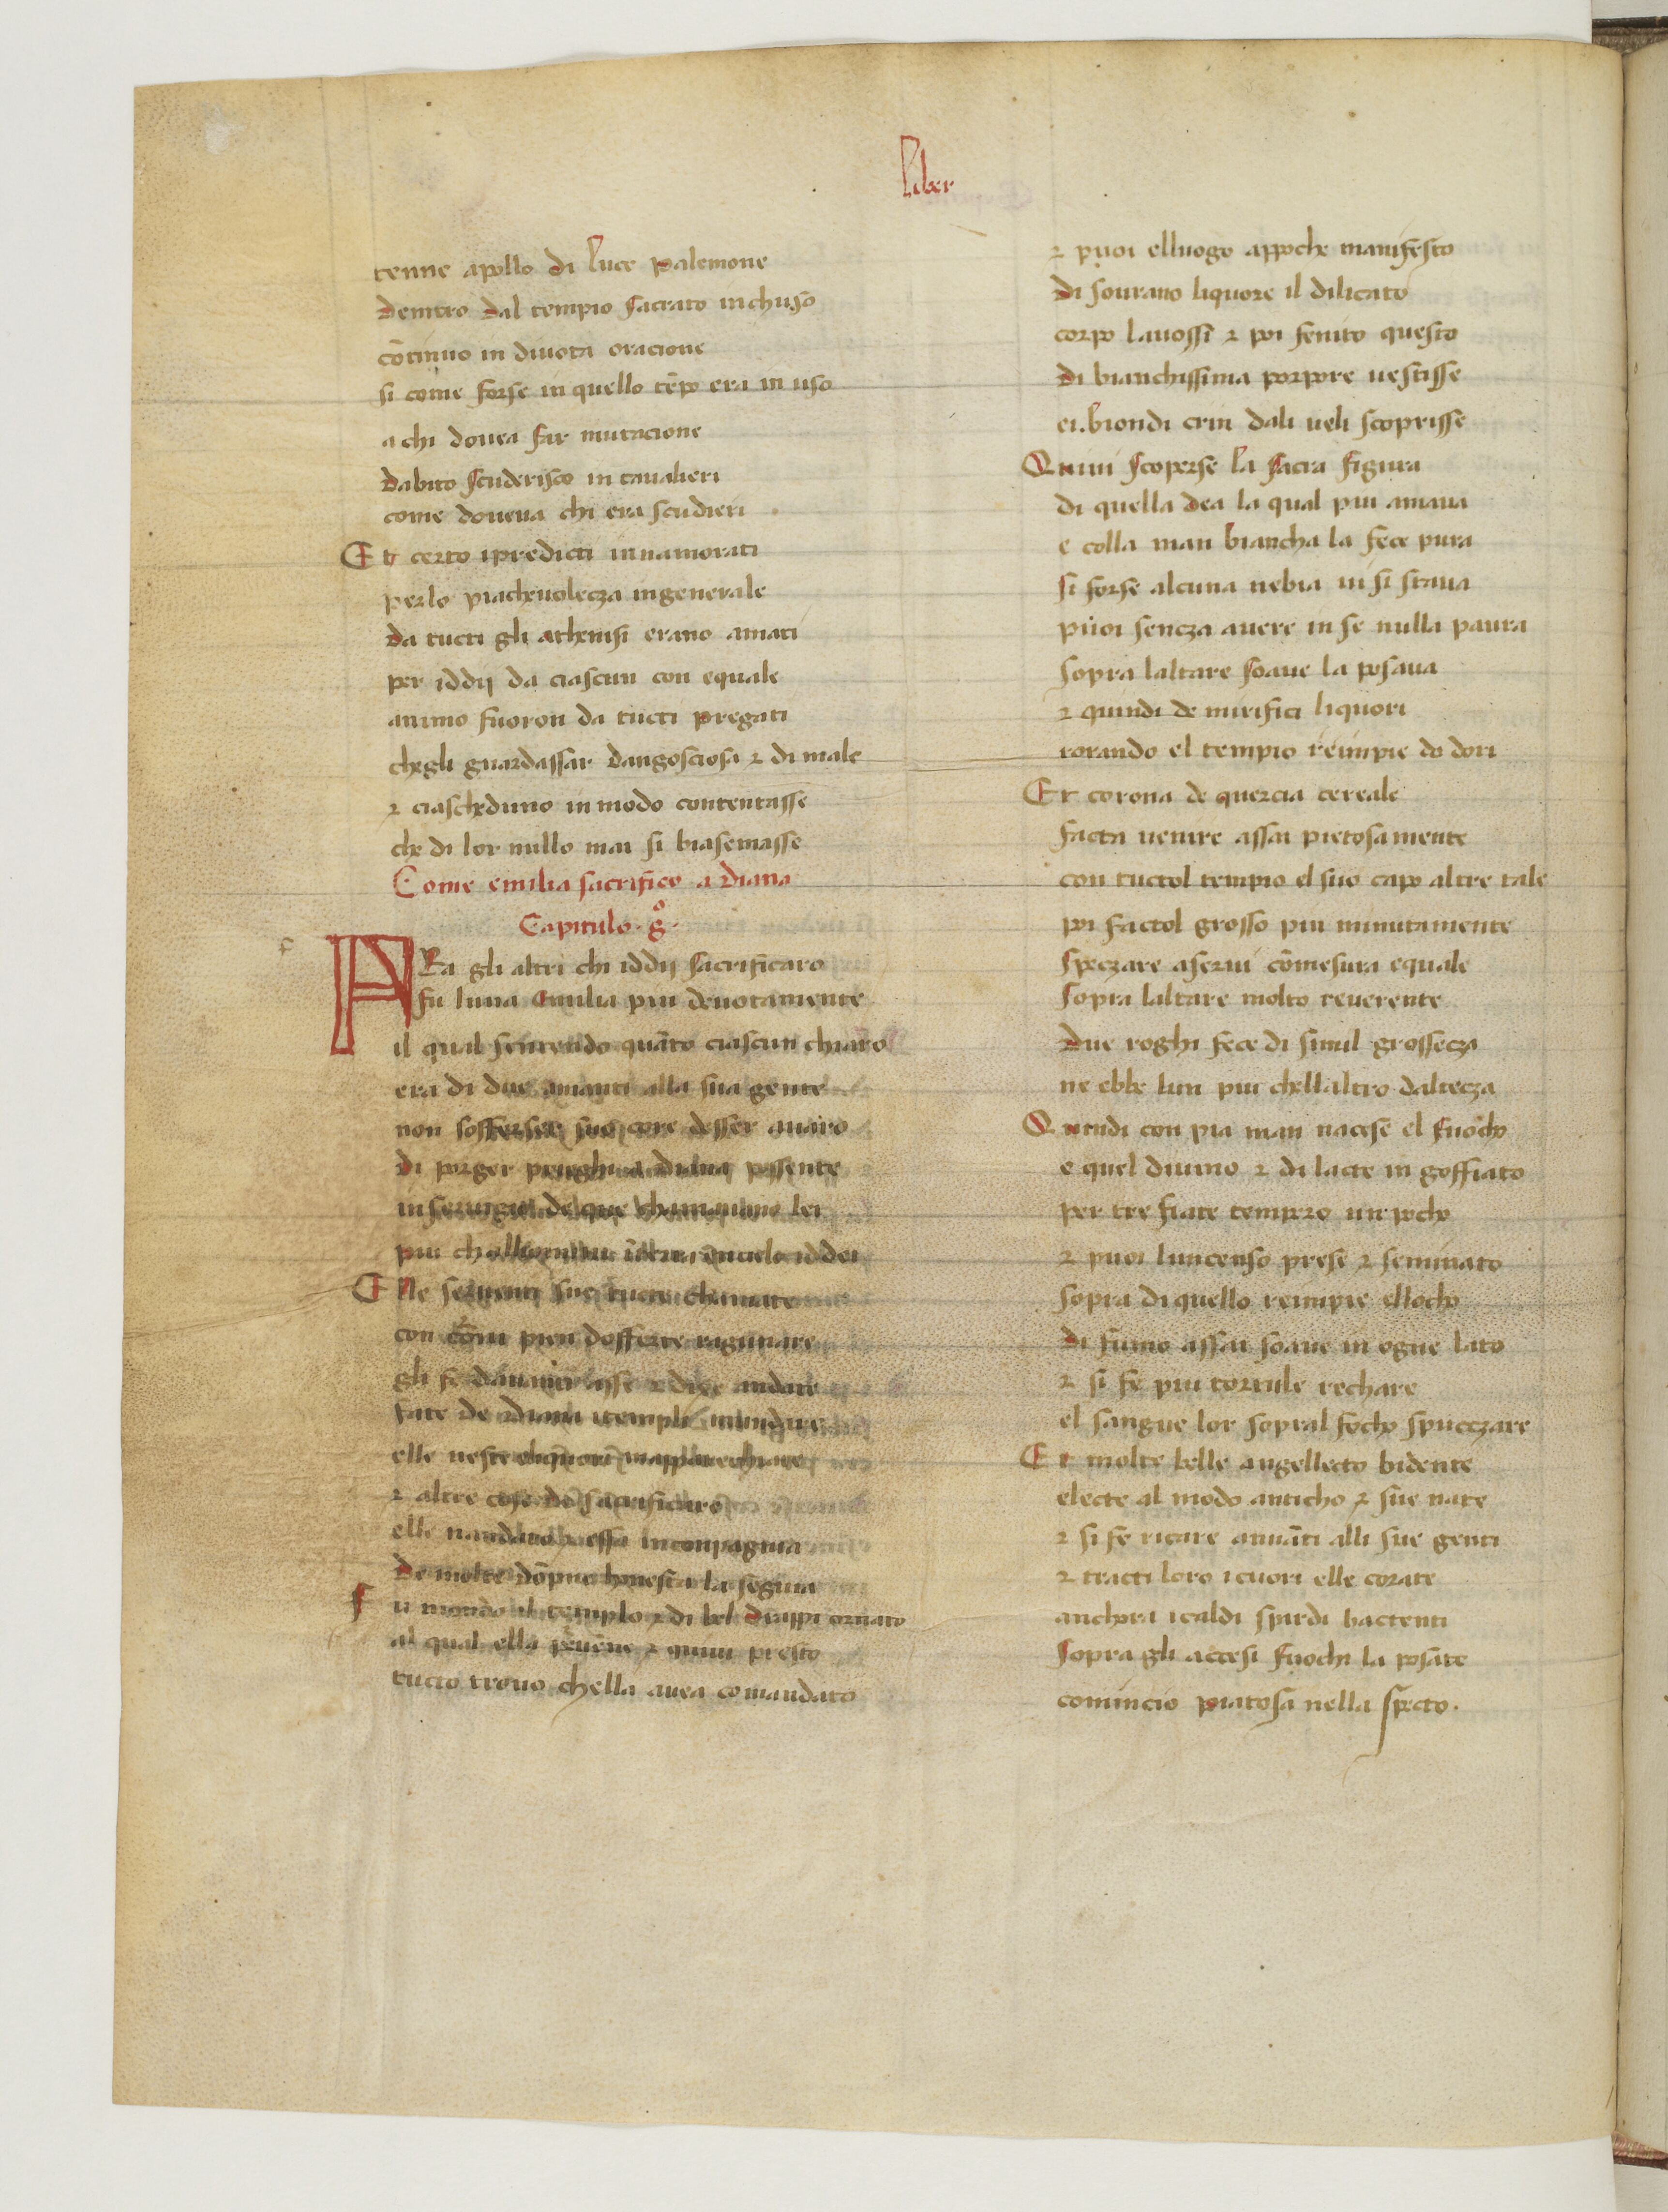
Shelfmark: Paris, BnF, ita. 583
Century: 15